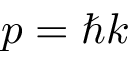
p = \hbar k